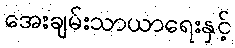
အေးချမ်းသာယာရေးနှင့်